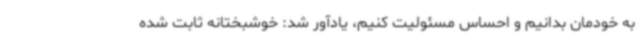
به خودمان بدانیم و احساس مسئولیت کنیم، یادآور شد: خوشبختانه ثابت شده